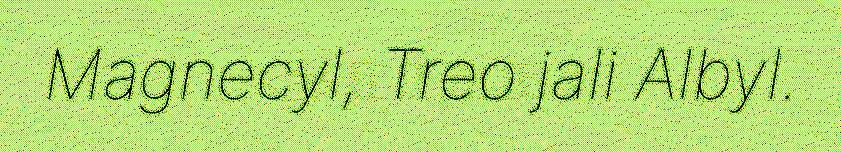
Magnecyl, Treo jali Albyl.